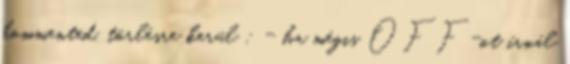
kommented, törlésre kerül : - ha mégis OFF-ot írnál